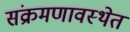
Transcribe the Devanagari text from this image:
संक्रमणावस्थेत